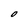
Character: O